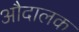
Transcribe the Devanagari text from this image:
औदालक